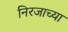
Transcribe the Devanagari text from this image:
निरजाच्या